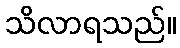
သိလာရသည်။